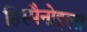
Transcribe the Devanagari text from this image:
हिस्पैनोइला